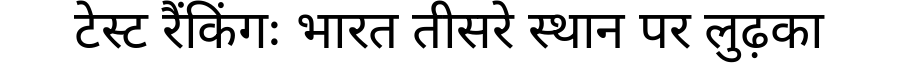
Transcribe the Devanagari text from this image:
टेस्ट रैंकिंगः भारत तीसरे स्थान पर लुढ़का